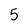
Character: 5